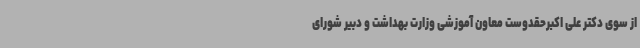
از سوی دکتر علی اکبرحقدوست معاون آموزشی وزارت بهداشت و دبیر شورای